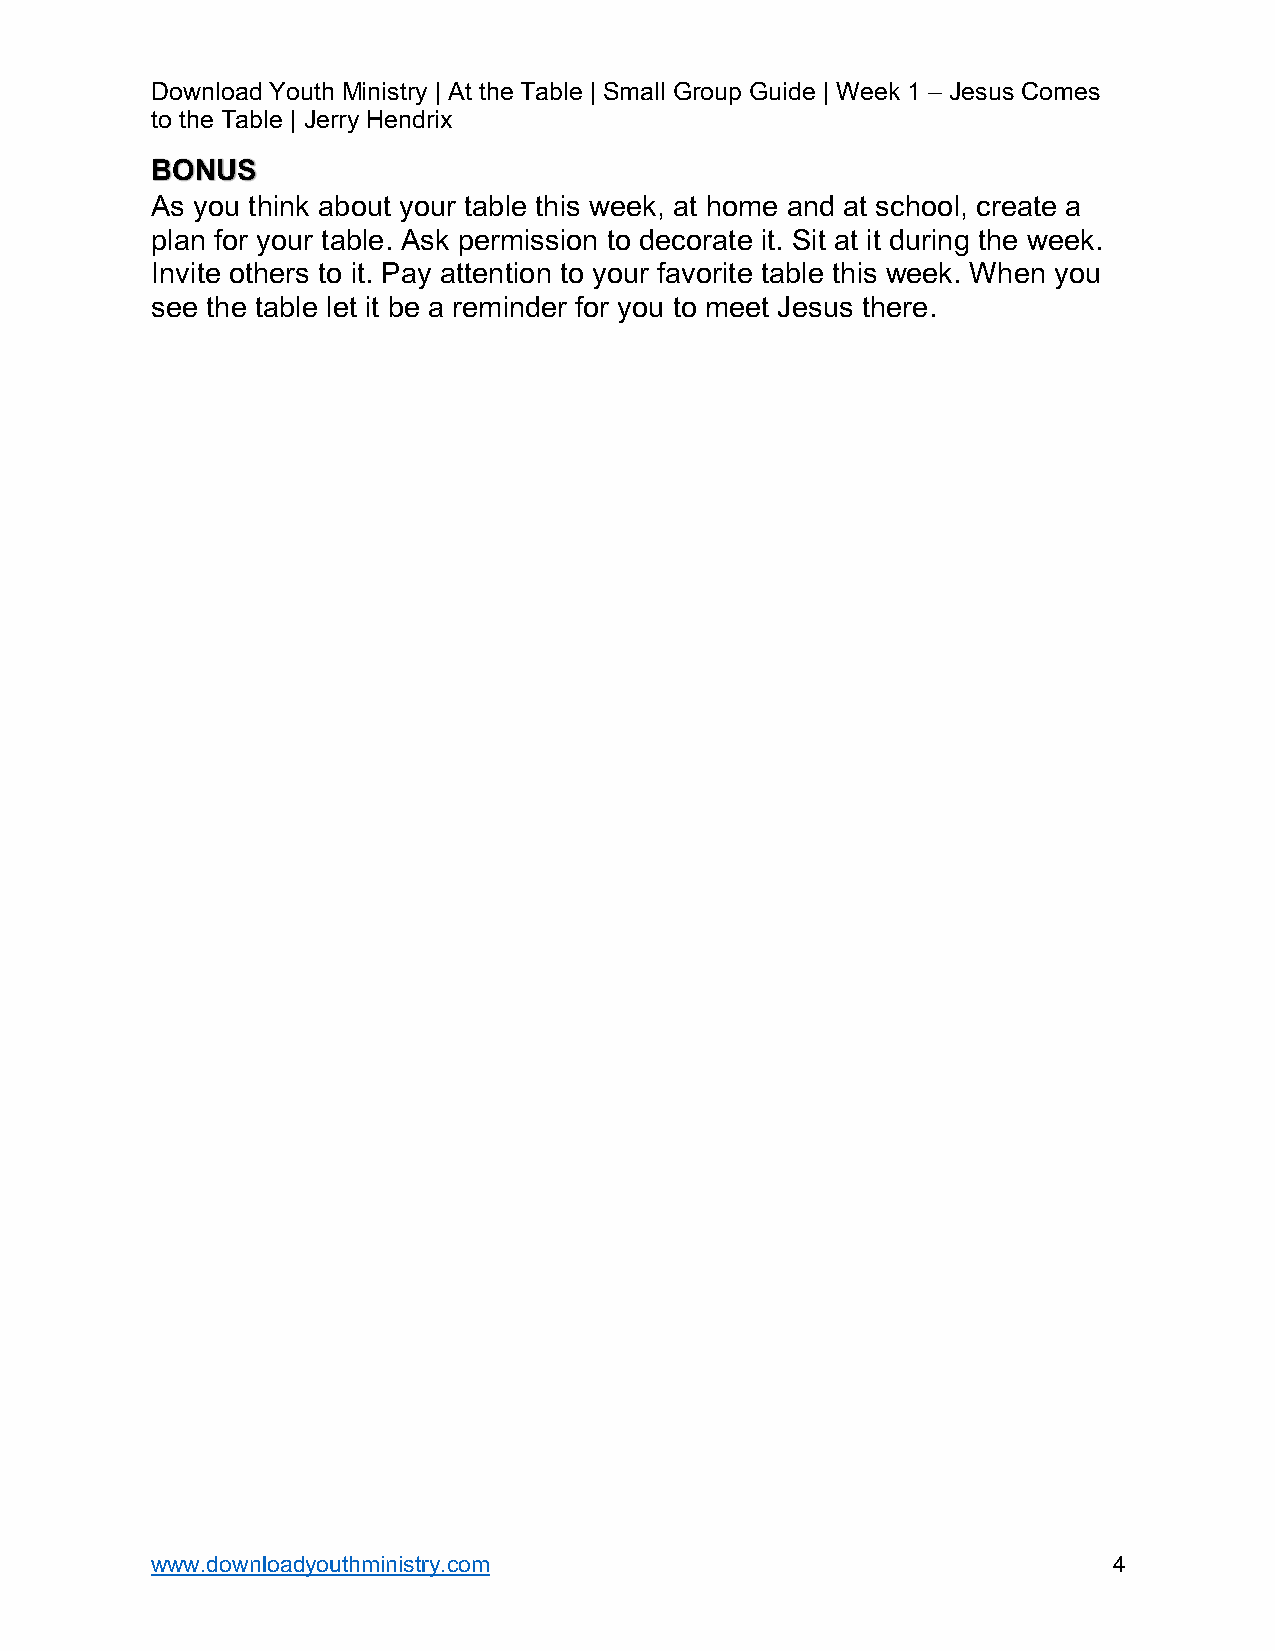
Download Youth Ministry | At the Table | Small Group Guide | Week 1 – Jesus Comes
 to the Table | Jerry Hendrix
 BONUS
 As you think about your table this week, at home and at school, create a
 plan for your table. Ask permission to decorate it. Sit at it during the week.
 Invite others to it. Pay attention to your favorite table this week. When you
 see the table let it be a reminder for you to meet Jesus there.
 www.downloadyouthministry.com                                   4